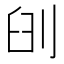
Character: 𠜃